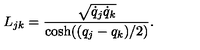
L _ { j k } = \frac { \sqrt { \dot { q } _ { j } \dot { q } _ { k } } } { \cosh ( ( q _ { j } - q _ { k } ) / 2 ) } .